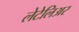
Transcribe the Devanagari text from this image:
लेटेलिअर